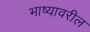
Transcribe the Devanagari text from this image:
भाष्यावरील